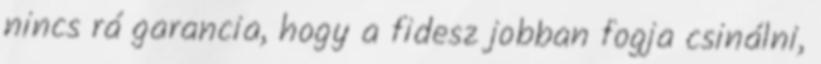
nincs rá garancia, hogy a fidesz jobban fogja csinálni,